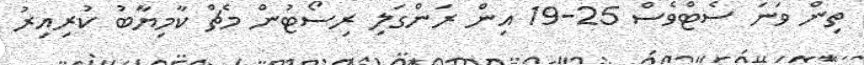
ތިން ވަނަ ސެޓްވެސް 25-19 އިން ރަންގަލި ރިސޯޓުން މެޗް ކާމިޔާާބު ކުރިއިރު